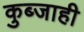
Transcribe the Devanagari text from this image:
कुब्जाही